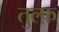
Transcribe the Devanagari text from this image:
तुल्फ़